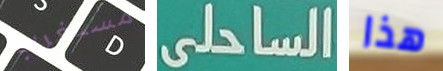
مستغرب الساحلى هذا